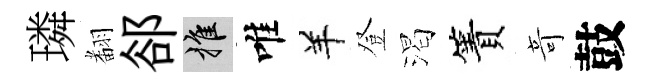
璘𮋒郤推唯羊登渴簀竒鼓